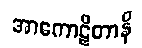
အာကောဋိတာနိ